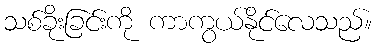
သစ်ခိုးခြင်းကို ကာကွယ်နိုင်လေသည်။